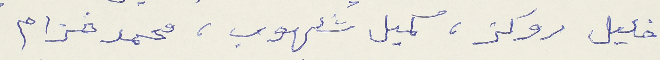
خليل روكز، كميل شلهوب، محمد خزام